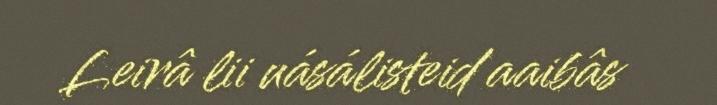
Leirâ lii uásálisteid aaibâs